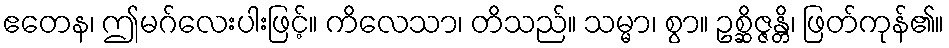
ဧတေန၊ ဤမဂ်လေးပါးဖြင့်။ ကိလေသာ၊ တိသည်။ သမ္မာ၊ စွာ။ ဥစ္ဆိဇ္ဇန္တိ၊ ဖြတ်ကုန်၏။